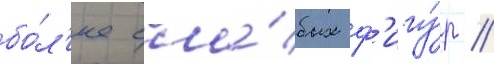
бо́л'ее сла́бых ф'игу́р //